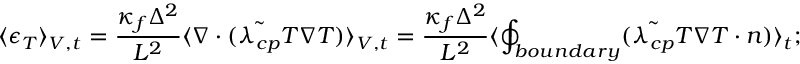
\langle \epsilon _ { T } \rangle _ { V , t } = \frac { \kappa _ { f } \Delta ^ { 2 } } { L ^ { 2 } } \langle \boldsymbol { \nabla } \cdot ( \tilde { \lambda _ { c p } } T \boldsymbol { \nabla } T ) \rangle _ { V , t } = \frac { \kappa _ { f } \Delta ^ { 2 } } { L ^ { 2 } } \langle \displaystyle \oint _ { b o u n d a r y } ( \tilde { \lambda _ { c p } } T \boldsymbol { \nabla } T \cdot \boldsymbol { n } ) \rangle _ { t } ;